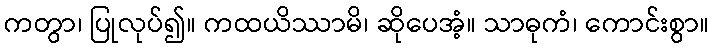
ကတွာ၊ ပြုလုပ်၍။ ကထယိဿာမိ၊ ဆိုပေအံ့။ သာဓုကံ၊ ကောင်းစွာ။